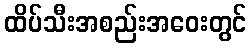
ထိပ်သီးအစည်းအဝေးတွင်